Indian journal of veterinary science and animal husbandry - Volume 6,
Year: 1936
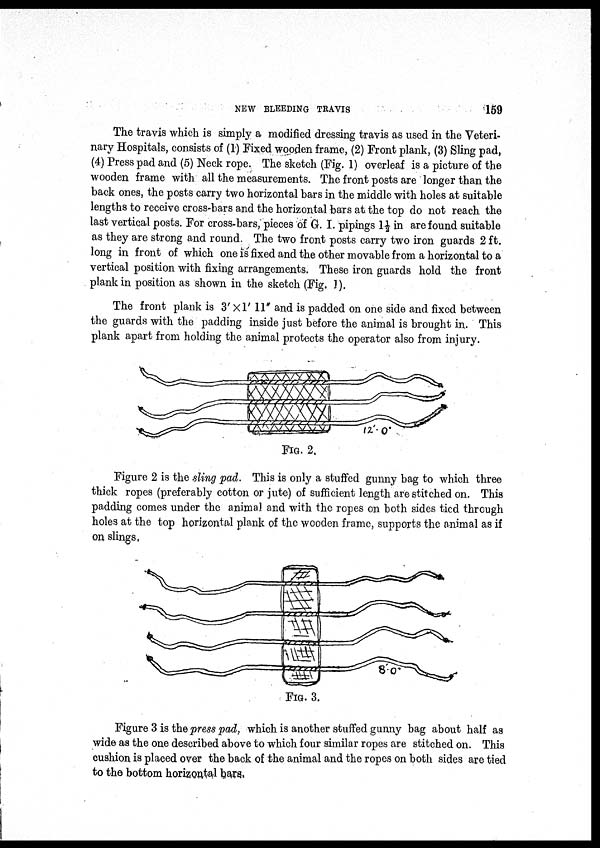
NEW BLEEDING TRAVIS
159
The travis which is simply a modified dressing travis as used in the Veteri-
nary Hospitals, consists of (1) Fixed wooden frame, (2) Front plank, (3) Sling pad,
(4) Press pad and (5) Neck rope. The sketch (Fig. 1) overleaf is a picture of the
wooden frame with all the measurements. The front posts are longer than the
back ones, the posts carry two horizontal bars in the middle with holes at suitable
lengths to receive cross-bars and the horizontal bars at the top do not reach the
last vertical posts. For cross-bars, pieces of G. I. pipings 1½ in are found suitable
as they are strong and round. The two front posts carry two iron guards 2 ft.
long in front of which one is fixed and the other movable from a horizontal to a
vertical position with fixing arrangements. These iron guards hold the front
plank in position as shown in the sketch (Fig. 1).
The front plank is 3' × l' 11" and is padded on one side and fixed between
the guards with the padding inside just before the animal is brought in. This
plank apart from holding the animal protects the operator also from injury.
FIG. 2.
Figure 2 is the sling pad. This is only a stuffed gunny bag to which three
thick ropes (preferably cotton or jute) of sufficient length are stitched on. This
padding comes under the animal and with the ropes on both sides tied through
holes at the top horizontal plank of the wooden frame, supports the animal as if
on slings,
FIG. 3.
Figure 3 is the press pad, which is another stuffed gunny bag about half as
wide as the one described above to which four similar ropes are stitched on. This
cushion is placed over the back of the animal and the ropes on both sides are tied
to the bottom horizontal bars.